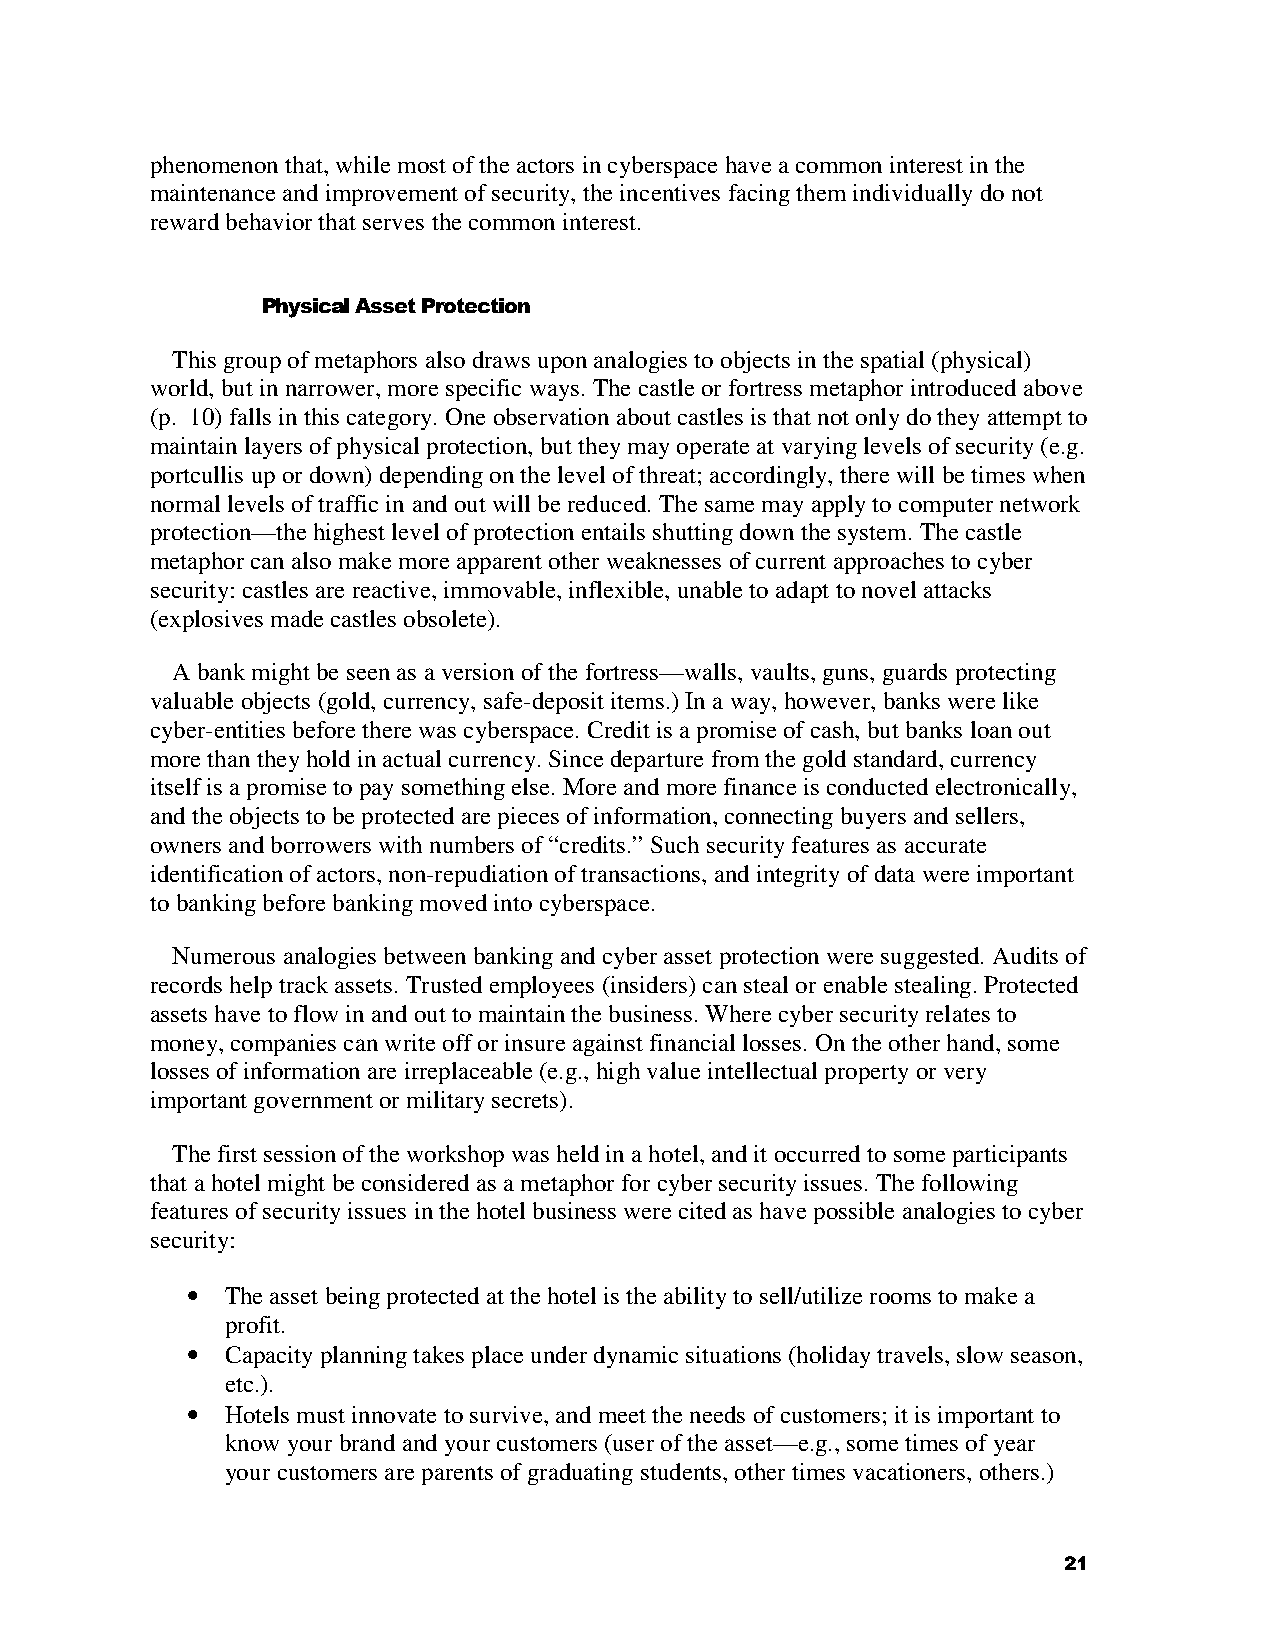
phenomenon that, while most of the actors in cyberspace have a common interest in the
 maintenance and improvement of security, the incentives facing them individually do not
 reward behavior that serves the common interest.
 Physical Asset Protection
 This group of metaphors also draws upon analogies to objects in the spatial (physical)
 world, but in narrower, more specific ways. The castle or fortress metaphor introduced above
 (p. 10) falls in this category. One observation about castles is that not only do they attempt to
 maintain layers of physical protection, but they may operate at varying levels of security (e.g.
 portcullis up or down) depending on the level of threat; accordingly, there will be times when
 normal levels of traffic in and out will be reduced. The same may apply to computer network
 protection—the highest level of protection entails shutting down the system. The castle
 metaphor can also make more apparent other weaknesses of current approaches to cyber
 security: castles are reactive, immovable, inflexible, unable to adapt to novel attacks
 (explosives made castles obsolete).
 A bank might be seen as a version of the fortress—walls, vaults, guns, guards protecting
 valuable objects (gold, currency, safe-deposit items.) In a way, however, banks were like
 cyber-entities before there was cyberspace. Credit is a promise of cash, but banks loan out
 more than they hold in actual currency. Since departure from the gold standard, currency
 itself is a promise to pay something else. More and more finance is conducted electronically,
 and the objects to be protected are pieces of information, connecting buyers and sellers,
 owners and borrowers with numbers of “credits.” Such security features as accurate
 identification of actors, non-repudiation of transactions, and integrity of data were important
 to banking before banking moved into cyberspace.
 Numerous analogies between banking and cyber asset protection were suggested. Audits of
 records help track assets. Trusted employees (insiders) can steal or enable stealing. Protected
 assets have to flow in and out to maintain the business. Where cyber security relates to
 money, companies can write off or insure against financial losses. On the other hand, some
 losses of information are irreplaceable (e.g., high value intellectual property or very
 important government or military secrets).
 The first session of the workshop was held in a hotel, and it occurred to some participants
 that a hotel might be considered as a metaphor for cyber security issues. The following
 features of security issues in the hotel business were cited as have possible analogies to cyber
 security:
 •  The asset being protected at the hotel is the ability to sell/utilize rooms to make a
 profit.
 •  Capacity planning takes place under dynamic situations (holiday travels, slow season,
 etc.).
 •  Hotels must innovate to survive, and meet the needs of customers; it is important to
 know your brand and your customers (user of the asset—e.g., some times of year
 your customers are parents of graduating students, other times vacationers, others.)
 21